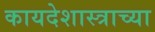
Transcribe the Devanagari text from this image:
कायदेशास्त्राच्या